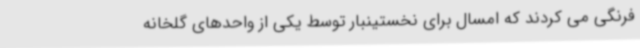
فرنگی می کردند که امسال برای نخستینبار توسط یکی از واحدهای گلخانه